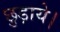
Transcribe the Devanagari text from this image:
छुड़ाये।